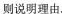
则说明理由。